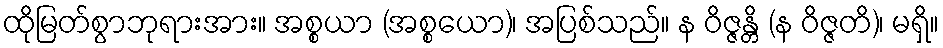
ထိုမြတ်စွာဘုရားအား။ အစ္စယာ (အစ္စယော)၊ အပြစ်သည်။ န ဝိဇ္ဇန္တိ (န ဝိဇ္ဇတိ)၊ မရှိ။